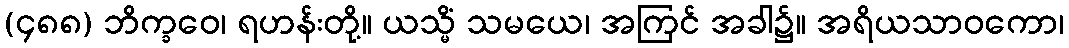
(၄၈၈) ဘိက္ခဝေ၊ ရဟန်းတို့။ ယသ္မိံ သမယေ၊ အကြင် အခါ၌။ အရိယသာဝကော၊